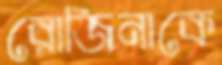
রোজিনাকে